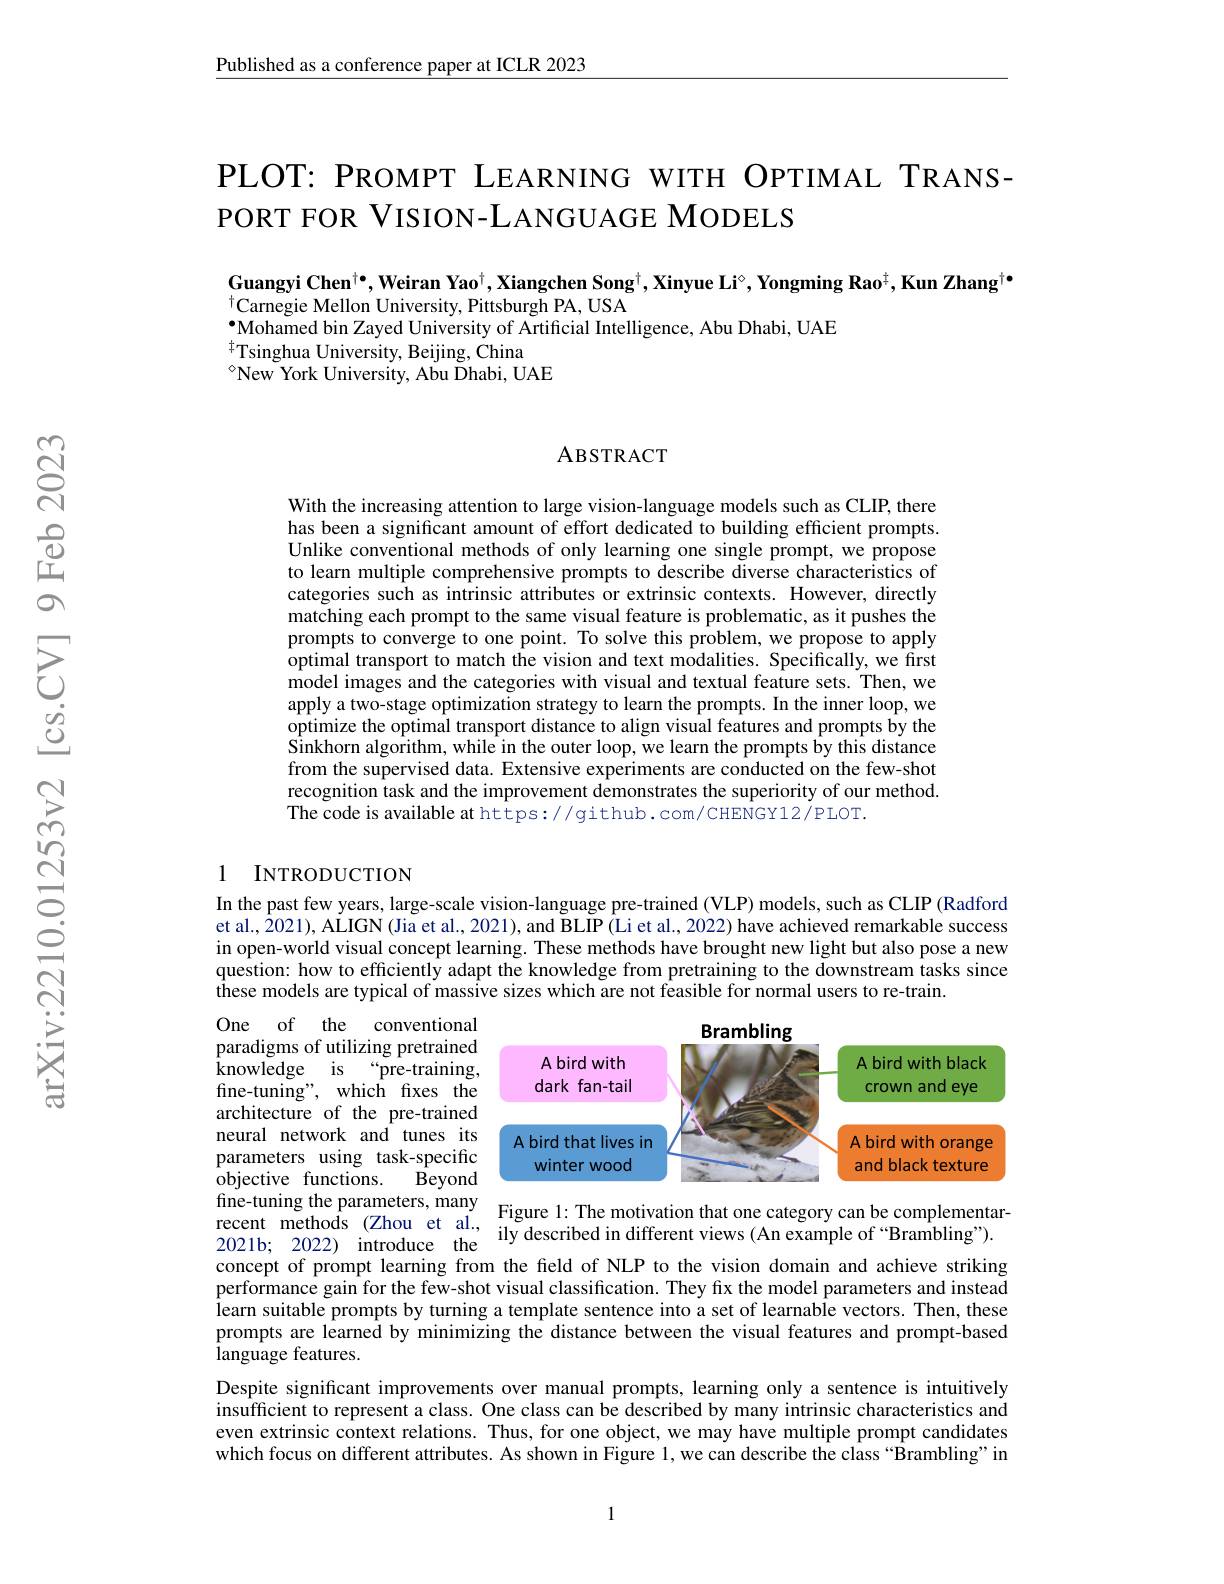
$\underline{\text{Published as a conference paper at ICLR 2023}}$

PLOT: PROMPT LEARNING WITH OPTIMAL TRANS-
PORT FOR VISION-LANGUAGE MODELS

Guangyi Chen$^\dagger\bullet$,Weiran Yao$^\dagger,\textbf{Xiangchen Song}^\dagger,\textbf{Xinyue Li}^\circ,\textbf{Yongming Rao}^\dagger,\textbf{Kun Zhang}^\dagger\bullet$
$^{\dagger}$Carnegie Mellon University, Pittsburgh PA, USA
$•$Mohamed bin Zayed University of Artificial Intelligence, Abu Dhabi, UAE
$^{\dagger}$Tsinghua University, Beijing, China
$^{\diamond}$New York University, Abu Dhabi, UAE

### ABSTRACT

With the increasing attention to large vision-language models such as CLIP, there has been a significant amount of effort dedicated to building efficient prompts. Unlike conventional methods of only learning one single prompt, we propose to learn multiple comprehensive prompts to describe diverse characteristics of categories such as intrinsic attributes or extrinsic contexts. However, directly matching each prompt to the same visual feature is problematic, as it pushes the prompts to converge to one point. To solve this problem, we propose to apply optimal transport to match the vision and text modalities. Specifically, we first model images and the categories with visual and textual feature sets. Then, we apply a two-stage optimization strategy to learn the prompts. In the inner loop, we optimize the optimal transport distance to align visual features and prompts by the $\hat{\text{Sinkhorn algorithm, while in the outer loop, we learn the prompts by this distance}}$ from the supervised data. Extensive experiments are conducted on the few-shot recognition task and the improvement demonstrates the superiority of our method. The code is available at https://github.com/CHENGY12/PLOT.

### 1 INTRODUCTION

In the past few years, large-scale vision-language pre-trained (VLP) models, such as CLIP (Radford et al., 2021), ALIGN (Jia et al., 2021), and BLIP (Li et al., 2022) have achieved remarkable success in open-world visual concept learning. These methods have brought new light but also pose a new question: how to efficiently adapt the knowledge from pretraining to the downstream tasks since these models are typical of massive sizes which are not feasible for normal users to re-train.

<FigureHere>
fine- tuning the parameters, many recent methods (Zhou et al. , The motivation that one category can be complementar- 2021b; 2022) introduce the

One of the conventional paradigms of utilizing pretrained ${\overset {. }{\operatorname* { \operatorname* { knowledge} } }}$ is “pre-training, fine-tuning", which fixes the architecture of the pre-trained neural network and tunes its parameters using task-specific objective functions.
Beyond

concept of prompt learning from the feld of NLP to the vision domain and achieve striking performance gain for the few-shot visual classification. They fix the model parameters and instead learn suitable prompts by turning a template sentence into a set of learnable vectors. Then, these prompts are learned by minimizing the distance between the visual features and prompt-based language features.

Despite significant improvements over manual prompts, learning only a sentence is intuitively insufficient to represent a class. One class can be described by many intrinsic characteristics and even extrinsic context relations. Thus, for one object, we may have multiple prompt candidates which focus on different attributes. As shown in Figure 1, we can describe the class “Brambling” in

1